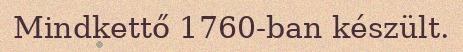
Mindkettő 1760-ban készült.